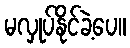
မလှုပ်နိုင်ခဲ့ပေ။